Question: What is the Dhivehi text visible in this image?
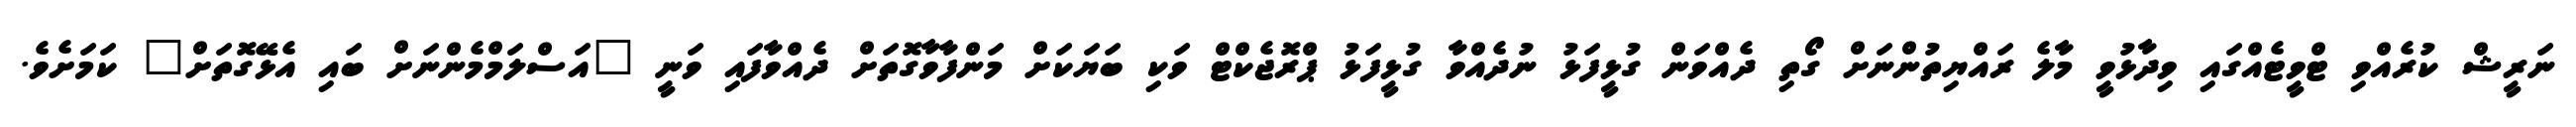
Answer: ނަރީޝް ކުރެއްވި ޓްވީޓެއްގައި ވިދާޅުވީ މާލެ ރައްޔިތުންނަށް ގޯތި ދެއްވަން ގުޅީފަޅު ނުދެއްވާ ގުޅީފަޅު ޕްރޮޖެކްޓް ވަކި ބަޔަކަށް މަންފާވާގޮތަށް ދެއްވާފައި ވަނީ "އަސްލަމްމެންނަށް ބައި އެޅޭގޮތަށް" ކަމަށެވެ.